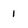
Character: 1